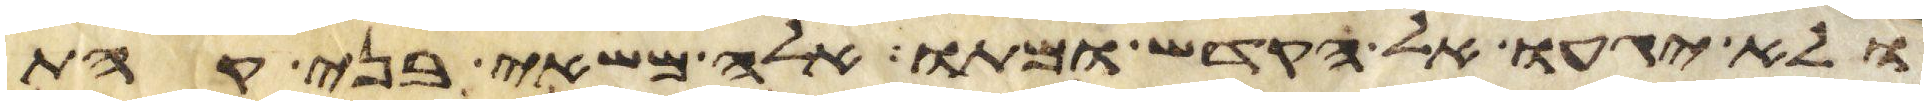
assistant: ולא יגעו אל הקדש ומתו אלה משאי בני קהת